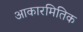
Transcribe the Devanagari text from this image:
आकारमितिक